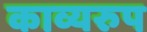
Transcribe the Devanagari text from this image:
काव्यरुप